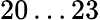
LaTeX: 20\ldots 23